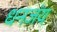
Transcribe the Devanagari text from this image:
धनजंय